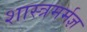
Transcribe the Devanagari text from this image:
शास्त्रमर्मज्ञ